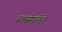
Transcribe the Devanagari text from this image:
बामसेफनेही